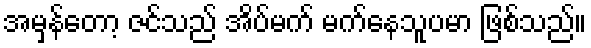
အမှန်တော့ ဇင်သည် အိပ်မက် မက်နေသူပမာ ဖြစ်သည်။